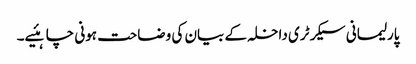
پارلیمانی سیکرٹری داخلہ کے بیان کی وضاحت ہونی چاہئیے۔